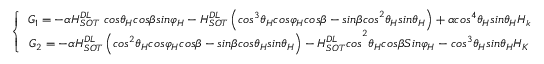
\left\{ \begin{array} { c } { G _ { 1 } = - \alpha H _ { { S O T \ } } ^ { D L } c o s { \theta } _ { H } c o s \beta s i n { \varphi } _ { H } - H _ { S O T } ^ { D L } \left( { c o s } ^ { 3 } { \theta } _ { H } c o s { \varphi } _ { H } c o s \beta - { s i n \beta c o s } ^ { 2 } { \theta } _ { H } s i n { \theta } _ { H } \right) + { \alpha c o s } ^ { 4 } { \theta } _ { H } s i n { \theta } _ { H } H _ { k { \ } } } \\ { { G _ { 2 } = - \alpha H _ { S O T } ^ { D L } \left( { c o s } ^ { 2 } { \theta } _ { H } c o s { \varphi } _ { H } c o s \beta - s i n \beta c o s { \theta } _ { H } s i n { \theta } _ { H } \right) - H _ { S O T } ^ { D L } c o s } ^ { 2 } { \theta } _ { H } c o s \beta S i n { \varphi } _ { H } - { c o s } ^ { 3 } { \theta } _ { H } s i n { \theta } _ { H } H _ { K { \ } } } \end{array} \right.